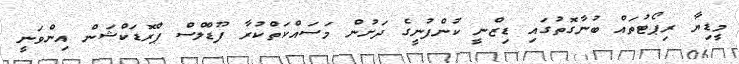
މީޑިޔާ ރިޕޯޓުތައް ބުނާގޮތުގައި ޑިޒްނީ ކުންފުނީގެ ދަށުން މަސައްކަތްކުރާ ފޫޑްލްސް ޕްރޮޑަކްޝަން އިންވަނީ